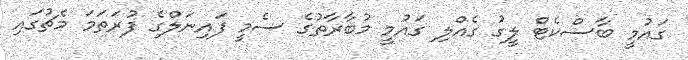
ގައުމީ ބާސްކެޓް ލީގު ގެއްލި ގައުމީ މުބާރާތުގެ ސެމީ ފައިނަލްގެ ފުރަތަމަ މެޗުގައި